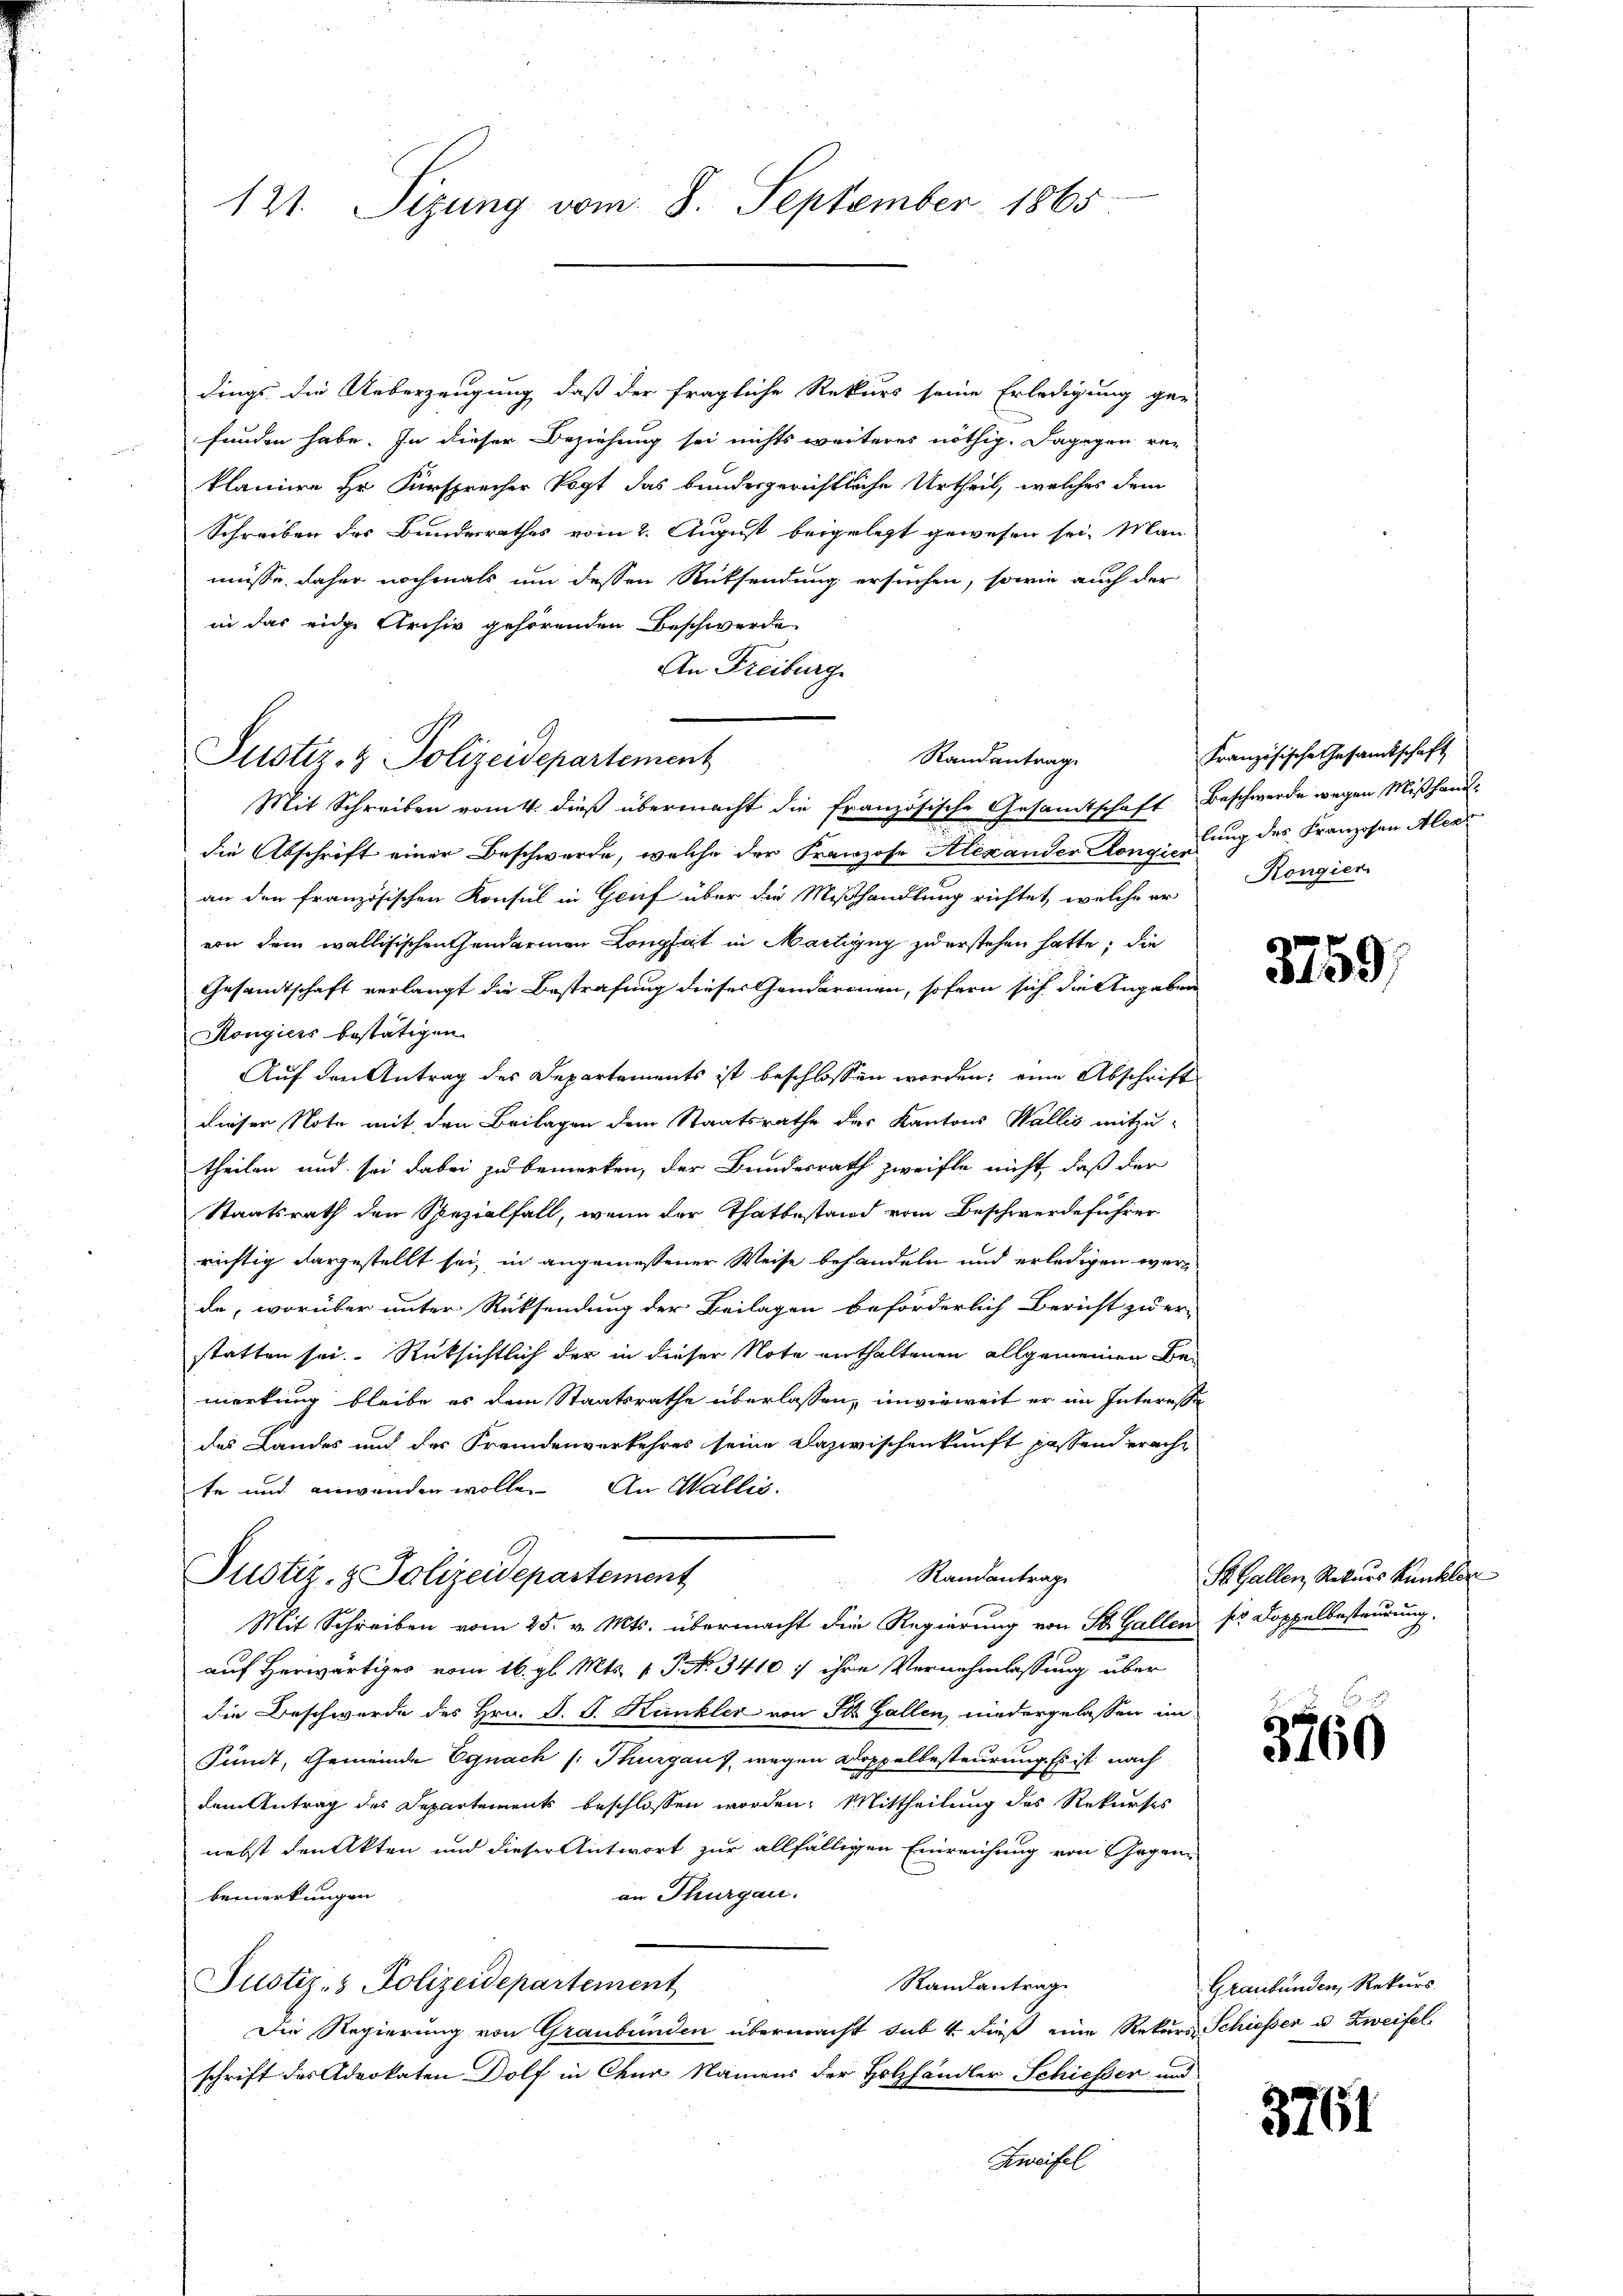
121. Sizung vom 8. September 1865

dings die Ueberzeugung, daß der fragliche Rekurs seine Erledigung ge-
funden habe. In dieser Beziehung sei nichts weiteres nöthig. Dagegen re-
klamier Hr. Fürsprecher Vogt das bundesgerichtliche Urtheil, welches dem
Schreiben des Bundesrathes vom 2. August beigelegt gewesen sei. Man
müsse daher nochmals um dessen Rücksendung ersuchen, sowie auch der
in das eide Archiv gehörenden Beschwerde
An Freiburg
Mit Schreiben vom 4. dieß übermacht die französische Gesamtschaft Beschwerde wegen Mißhanddie Abschrift einer Beschwerde, welche der Franzose Alexander Kongiung des Franzosen Alex
an den französischen Konsul in Grief über die Mißhandlung richtet, welche er
von dem wallisischen Gendarmen Longhat in Martigug zu erstehen hatte; die
Gesandtschaft verlangt die Bestrafung dieser Gendarmen, sofern sich die Angaben
Hongiers bestätigen.
Auf den Antrag des Departements ist beschlossen worden; eine Abschrift
dieser Note mit den Beilagen dem Staatsrathe des Kantons Wallis mitzu-
theilen und sei dabei zu bemerken, der Bundesrath zweifle nicht, daß der
Staatsrath den Spezialfall, wenn der Thatbestand vom Beschwerdeführer
richtig dargestellt sei, in angemessener Weise behandeln und erledigen werde, worüber unter Rücksendung der Beilagen beförderlich Bericht zu er-
statten sei. Rücksichtlich der in dieser Note enthaltenen allgemeinen Bemerkung bleibe es dem Staatsrathe überlassen, unwieweit er im Interesse
des Landes und der Fremdenverkehres seine Dazwischenkunft passend eracht
te und anwenden wolle. An Wallis.
Justiz- & Polizeidepartement
Randantrag
Mit Schreiben vom 25. v. Mts. übermacht die Regierung von St. Gallen sr Doppelbesteurung,
auf Herwärtiges vom 16. gl. Mts. v. P. N. 3410 f ihre Vernehmlassung über
die Beschwerde des Hrn. S. S. Kunkler von St. Gallen, niedergelassen im
Pundt, Gemeinde Egnach /: Thurgaus, wegen Doppelbesteurung. Es ist nach
dem Antrag des Departements beschlossen worden. Mittheilung des Rekurses
nebst denkten und dieser Antwort zur allfälligen Einreichung von Gegenan Thurgau.
bemerkungen
Randantrage
Justiz- & Polizeidepartement
Die Regierung von Graubünden übermacht sub 4. dieß eine Rekurs Schiesser u. Zweifel
schrift des Advokaten Dolf in Chur Namens der Holzhändler Schiesser und
Zweifel

Justiz- & Polizeidepartement

Randantrag

Französische Gesamtschaft
Kongien

3759

St. Gallen, Rekurs Kunkler

3760

Graubünden, Rekurs.

3761